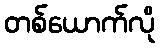
တစ်ယောက်လို